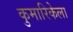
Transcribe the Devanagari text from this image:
कुमारिकेला